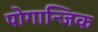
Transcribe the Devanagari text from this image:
पोगान्जिक